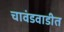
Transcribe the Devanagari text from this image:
चावंडवाडीत